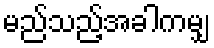
မည်သည့်အခါကမျှ